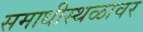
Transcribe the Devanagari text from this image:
समाधीस्थळावर